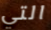
التي